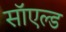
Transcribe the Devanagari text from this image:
सॉएल्ड